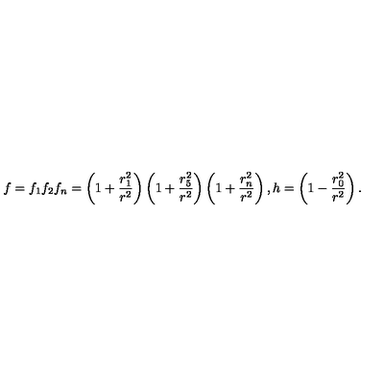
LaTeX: f = f _ { 1 } f _ { 2 } f _ { n } = \left( 1 + { \frac { r _ { 1 } ^ { 2 } } { r ^ { 2 } } } \right) \left( 1 + { \frac { r _ { 5 } ^ { 2 } } { r ^ { 2 } } } \right) \left( 1 + { \frac { r _ { n } ^ { 2 } } { r ^ { 2 } } } \right) , h = \left( 1 - { \frac { r _ { 0 } ^ { 2 } } { r ^ { 2 } } } \right) .